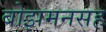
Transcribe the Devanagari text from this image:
बोझमनसह